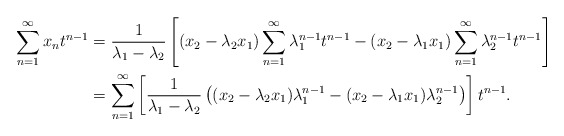
\begin{align*}\sum_{n=1}^{\infty}x_nt^{n-1}&=\frac{1}{\lambda_1-\lambda_2}\left[ (x_2-\lambda_2x_1)\sum_{n=1}^{\infty}\lambda_1^{n-1}t^{n-1}-(x_2-\lambda_1x_1)\sum_{n=1}^{\infty}\lambda_2^{n-1}t^{n-1}\right]\\&=\sum_{n=1}^{\infty}\left[\frac{1}{\lambda_1-\lambda_2}\left( (x_2-\lambda_2x_1)\lambda_1^{n-1}-(x_2-\lambda_1x_1)\lambda_2^{n-1}\right)\right]t^{n-1}.\end{align*}